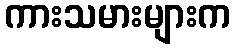
ကားသမားများက